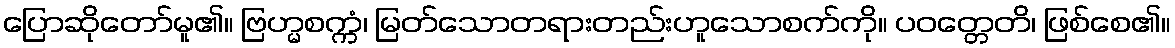
ပြောဆိုတော်မူ၏။ ဗြဟ္မစက္ကံ၊ မြတ်သောတရားတည်းဟူသောစက်ကို။ ပဝတ္တေတိ၊ ဖြစ်စေ၏။